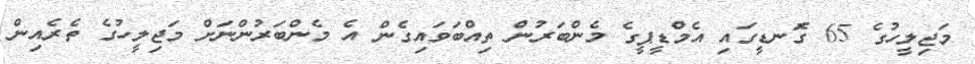
މަޖިލީހުގެ 65 ގަޮނޑީގައި އެމްޑީޕީގެ މެންބަރުން ތިއްބަވައިގެން އެ މެންބަރުންނަށް މަޖިލީހުގެ ތެރެއިން